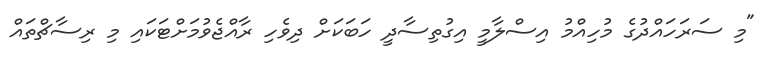
"މި ސަރަހައްދުގެ މުހިއްމު އިސްލާމީ އިގުތިސާދީ ހަބަކަށް ދިވެހި ރާއްޖެވުމަށްޓަކައި މި ރިސާޗްތައް